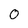
Character: O